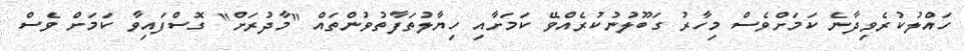
ހައްލުކުރެވިދާނެ ކަމަށްވެސް މިހާރު ގަބޫލުނުކުރެއްވޭ ކަމަށާއި ހިޔާލުތަފާތުވުންތައް "މާދުރަށް" ގޮސްފައިވާ ކަމަށެް ވެސް